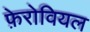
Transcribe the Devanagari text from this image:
फ़ेरोवियल